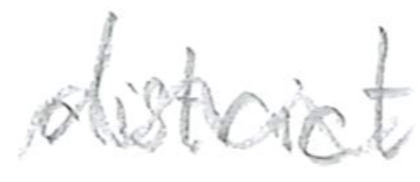
Text: district
Cross-out: wave
Writing tool: pencil